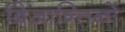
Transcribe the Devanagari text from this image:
बिजान्तिनों